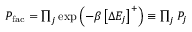
\begin{array} { r } { P _ { \mathrm { f a c } } = \prod _ { j } \exp \left( - \beta \left[ \Delta E _ { j } \right] ^ { + } \right) \equiv \prod _ { j } P _ { j } } \end{array}